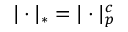
| \cdot | _ { * } = | \cdot | _ { p } ^ { c }